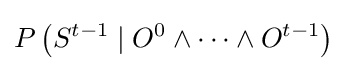
P\left(S^{t-1}\mid O^{0}\wedge \cdots \wedge O^{t-1}\right)